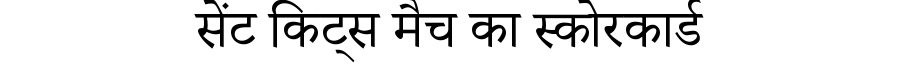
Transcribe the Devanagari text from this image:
सेंट किट्स मैच का स्कोरकार्ड